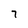
Character: 7